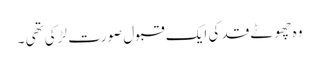
وہ چھوٹے قد کی ایک قبول صورت لڑکی تھی ۔